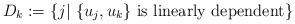
LaTeX: \begin{align*} D_k := \{j |~ \{u_j,u_k\}\mbox{ is linearly dependent}\} \end{align*}